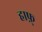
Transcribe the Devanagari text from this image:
हाफ़्